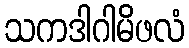
သကဒါဂါမိဖလံ